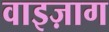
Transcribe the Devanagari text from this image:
वाइज़ाग